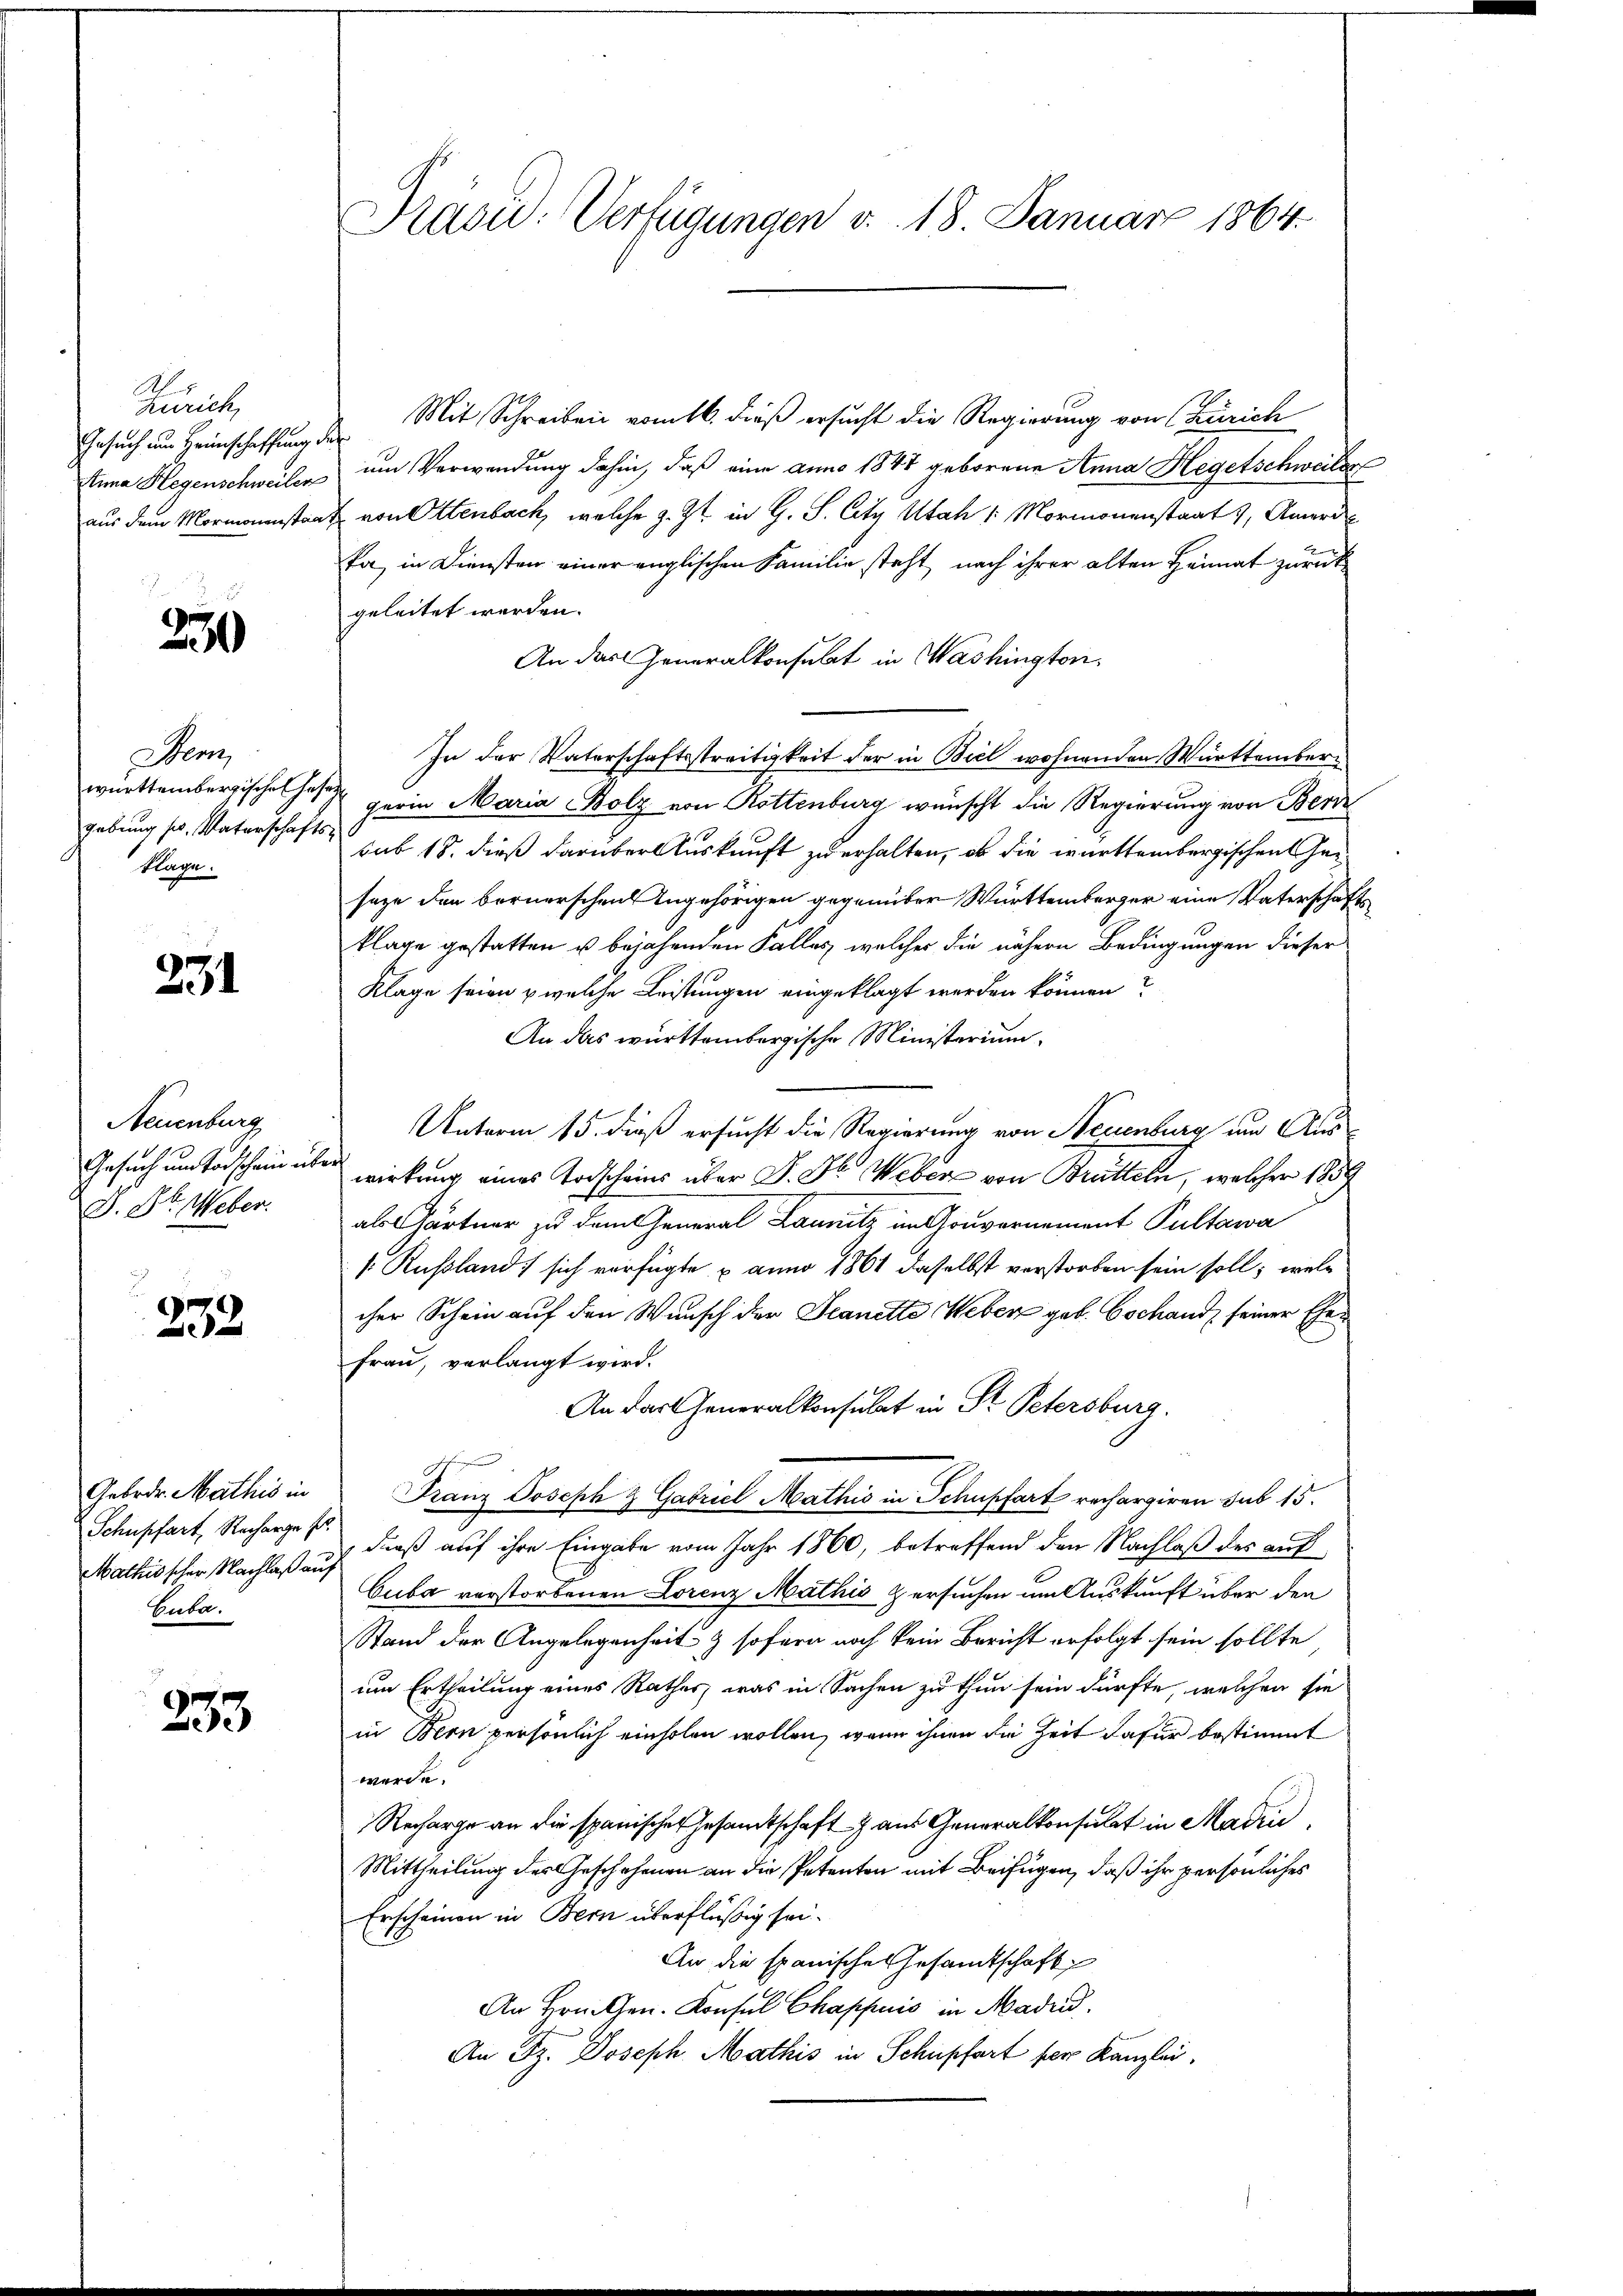
Kunit
Gesuch um Heimschaffung der

e
330

Sem
württembergischen Gesegebung so, Vaterschafts-
Klage.

231

Neuenburg
Gesuch um Todschein über
D. Dr. Weber.

233

Mathis scher Nachlaß auf
Cuta.

233

Prasid. Verfügungen v. 18. Januar 1864.

Mit Schreiben vom 16. dieß ersucht die Regierung von (Zürich
tnna Hegenschweiler um Verwendung dahin, daß eine anno 1847 geborene Anna Hegetschweiler
aus dem Mormanenstaat von Ottenbach, welche z. Zt. in G. S. City Utah /: Mormonenstaat, Amerie
ka, in Diensten einer englischen Familie steht nach ihrer alten Heimat zurück
geleitet werden.
An das Generalkonsulat in Washington.
In der Vaterschaftsstreitigkeit der in Biel wohnenden Württembergerin Maria Bolz von Rottenburg wünscht die Regierung von Berd
sub 18. dieß darüber Auskunft zu erhalten, ob die württembergischen Gesage den bernerschen Angehörigen gegenüber Württemberger eine Vaterschafts
klage gestatten u bejahenden Falles, welches die nähern Bedingungen dieser
Klage seien & welche Leistungen eingeklagt werden können?
An das württembergische Ministerium
Unterm 15. dieß ersucht die Regierung von Neuenburg um Auswirkung eines Todscheins über J. J. Weber von Brütteln, welcher 1859
als Gärtner zu dem General Launitz in Gouvernement Pultawa
 Kußland) sich verfügte u anno 1861 daselbst verstorben sein soll, welc
cher Schein auf den Wunsch der Scanetto Weber geb. Bochand seiner Ehe¬
Frau, verlangt wird.
An das Generalkonsulat in St. Petersburg.
Gebrde. Mathis in Franz Joseph & Gabriel Mathis in Schupfart rechargiren sub 15.
Schnschart, Recharges dieß auf ihre Eingabe vom Jahr 1860, betreffend den Nachlaß des auf
Cuba verstorbenen Lorenz Mathis & ersuchen um Auskunft über den
Stand der Angelegenheit & sofern noch kein Bericht erfolgt sein sollte
um Ertheilung eines Rathes, was in Sachen zu thun sein dürfte, welchen sie
in Bern persönlich einholen wollen, wenn ihnen die Zeit dafür bestimmt
werde.
Recharge an die spanischen Gesamtschaft aus Generalkonsulat in Mari
Mittheilung des Geschehenen an die Petenten mit Beifügen, daß ihr persönliches
Erscheinen in Bern überflüßig sei.
An die spanische Gesamtschaft
An Hrn. Gen. Konsul Chappuis in Mad.
An Dz. Joseph Mathis in Schupfart per Kanzlei.